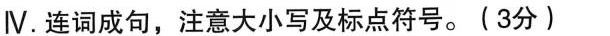
Ⅳ.连词成句,注意大小写及标点符号.(3分)